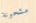
مشحونة